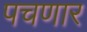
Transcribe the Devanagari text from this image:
पचणार